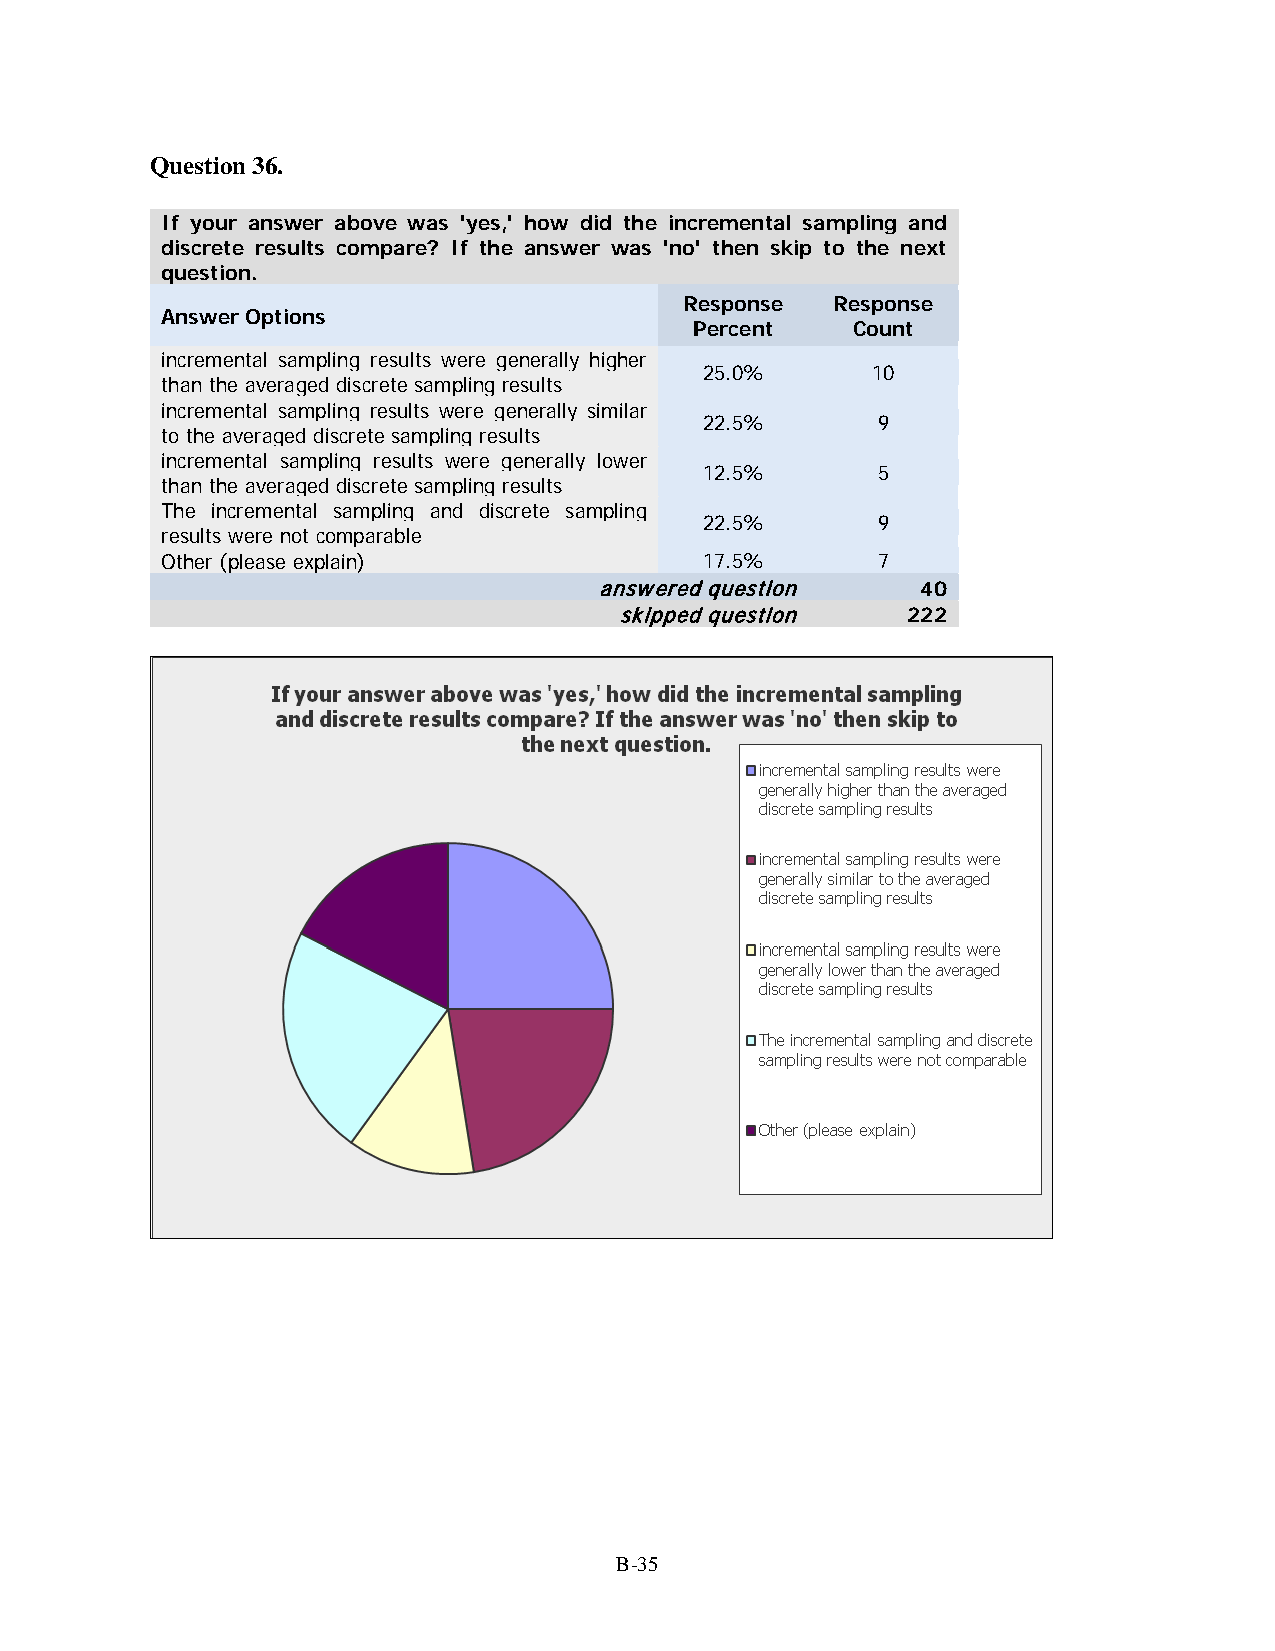
Question 36.
 If your answer above was 'yes,' how did the incremental sampling and
 discrete results compare? If the answer was 'no' then skip to the next
 question.
 Response  Response
 Answer Options
 Percent   Count
 incremental sampling results were generally higher
 25.0%      10
 than the averaged discrete sampling results
 incremental sampling results were generally similar
 22.5%      9
 to the averaged discrete sampling results
 incremental sampling results were generally lower
 12.5%      5
 than the averaged discrete sampling results
 The incremental sampling and discrete sampling
 22.5%      9
 results were not comparable
 Other (please explain)              17.5%      7
 answered question    40
 skipped question   222
 B-35